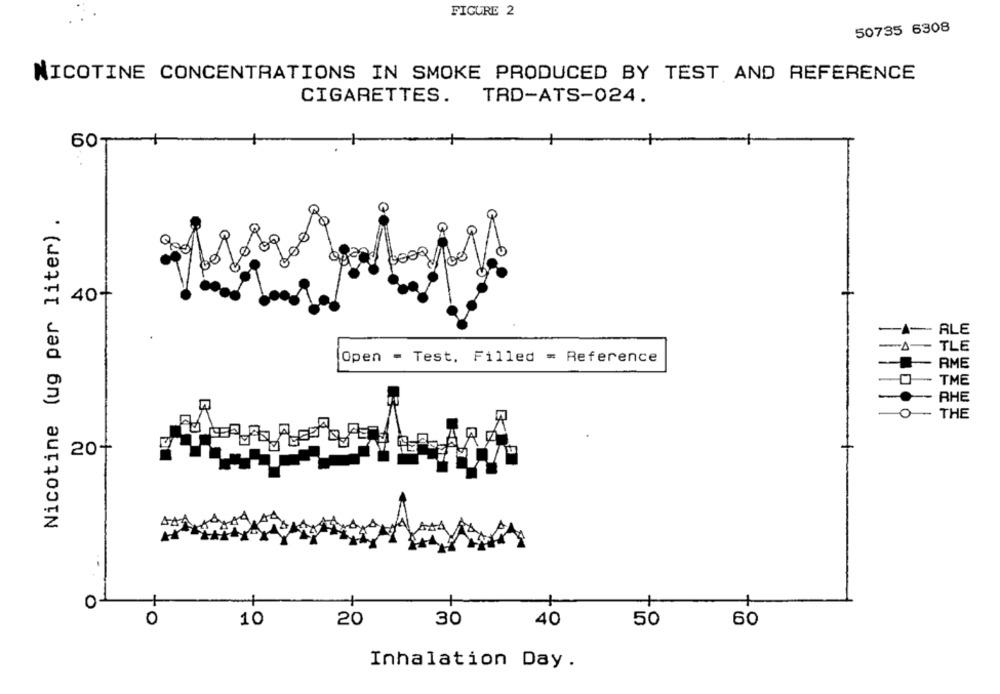
FIGURE 2
50735 6308
NICOTINE CONCENTRATIONS IN SMOKE PRODUCED BY TEST AND REFERENCE
CIGARETTES.
TRD-ATS-024.
60-
Nicotine (ug per liter) .
of
oo
40+
RLE
TLE
Open - Test. Filled = Reference
RME
TME
RHE
0
THE
20+
4
0-
+
0
10
20
30
40
50
60
Inhalation Day.